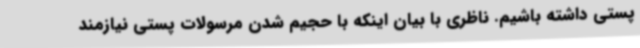
پستی داشته باشیم. ناظری با بیان اینکه با حجیم شدن مرسولات پستی نیازمند